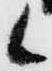
候